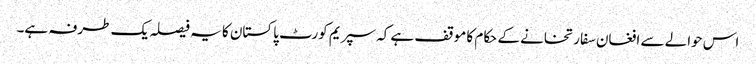
اس حوالے سے افغان سفارتخانے کے حکام کا موقف ہے کہ سپریم کورٹ پاکستان کا یہ فیصلہ یک طرفہ ہے۔